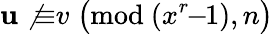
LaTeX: \mathbf{u}\not{\equiv}v\; {\bigl(}{\mathrm{{mod~}}}(x^{r}\! \! -\! \! 1),n{\bigr)}